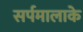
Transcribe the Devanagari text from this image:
सर्पमालाके